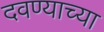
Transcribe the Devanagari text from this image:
दवण्याच्या